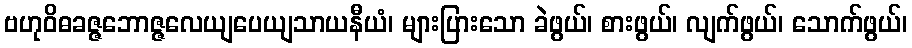
ဗဟုဝိဓခဇ္ဇဘောဇ္ဇလေယျပေယျသာယနီယံ၊ များပြားသော ခဲဖွယ်၊ စားဖွယ်၊ လျက်ဖွယ်၊ သောက်ဖွယ်၊